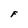
Character: F